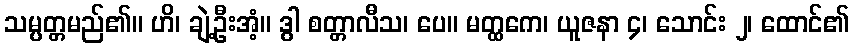
သမ္ပတ္တမည်၏။ ဟိ၊ ချဲ့ဦးအံ့။ ဒွါ စတ္တာလီသ၊ ပေ။ မတ္ထကေ၊ ယူဇနာ ၄၊ သောင်း ၂၊ ထောင်၏